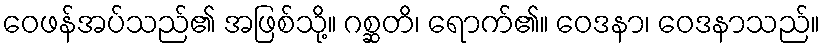
ဝေဖန်အပ်သည်၏ အဖြစ်သို့။ ဂစ္ဆတိ၊ ရောက်၏။ ဝေဒနာ၊ ဝေဒနာသည်။